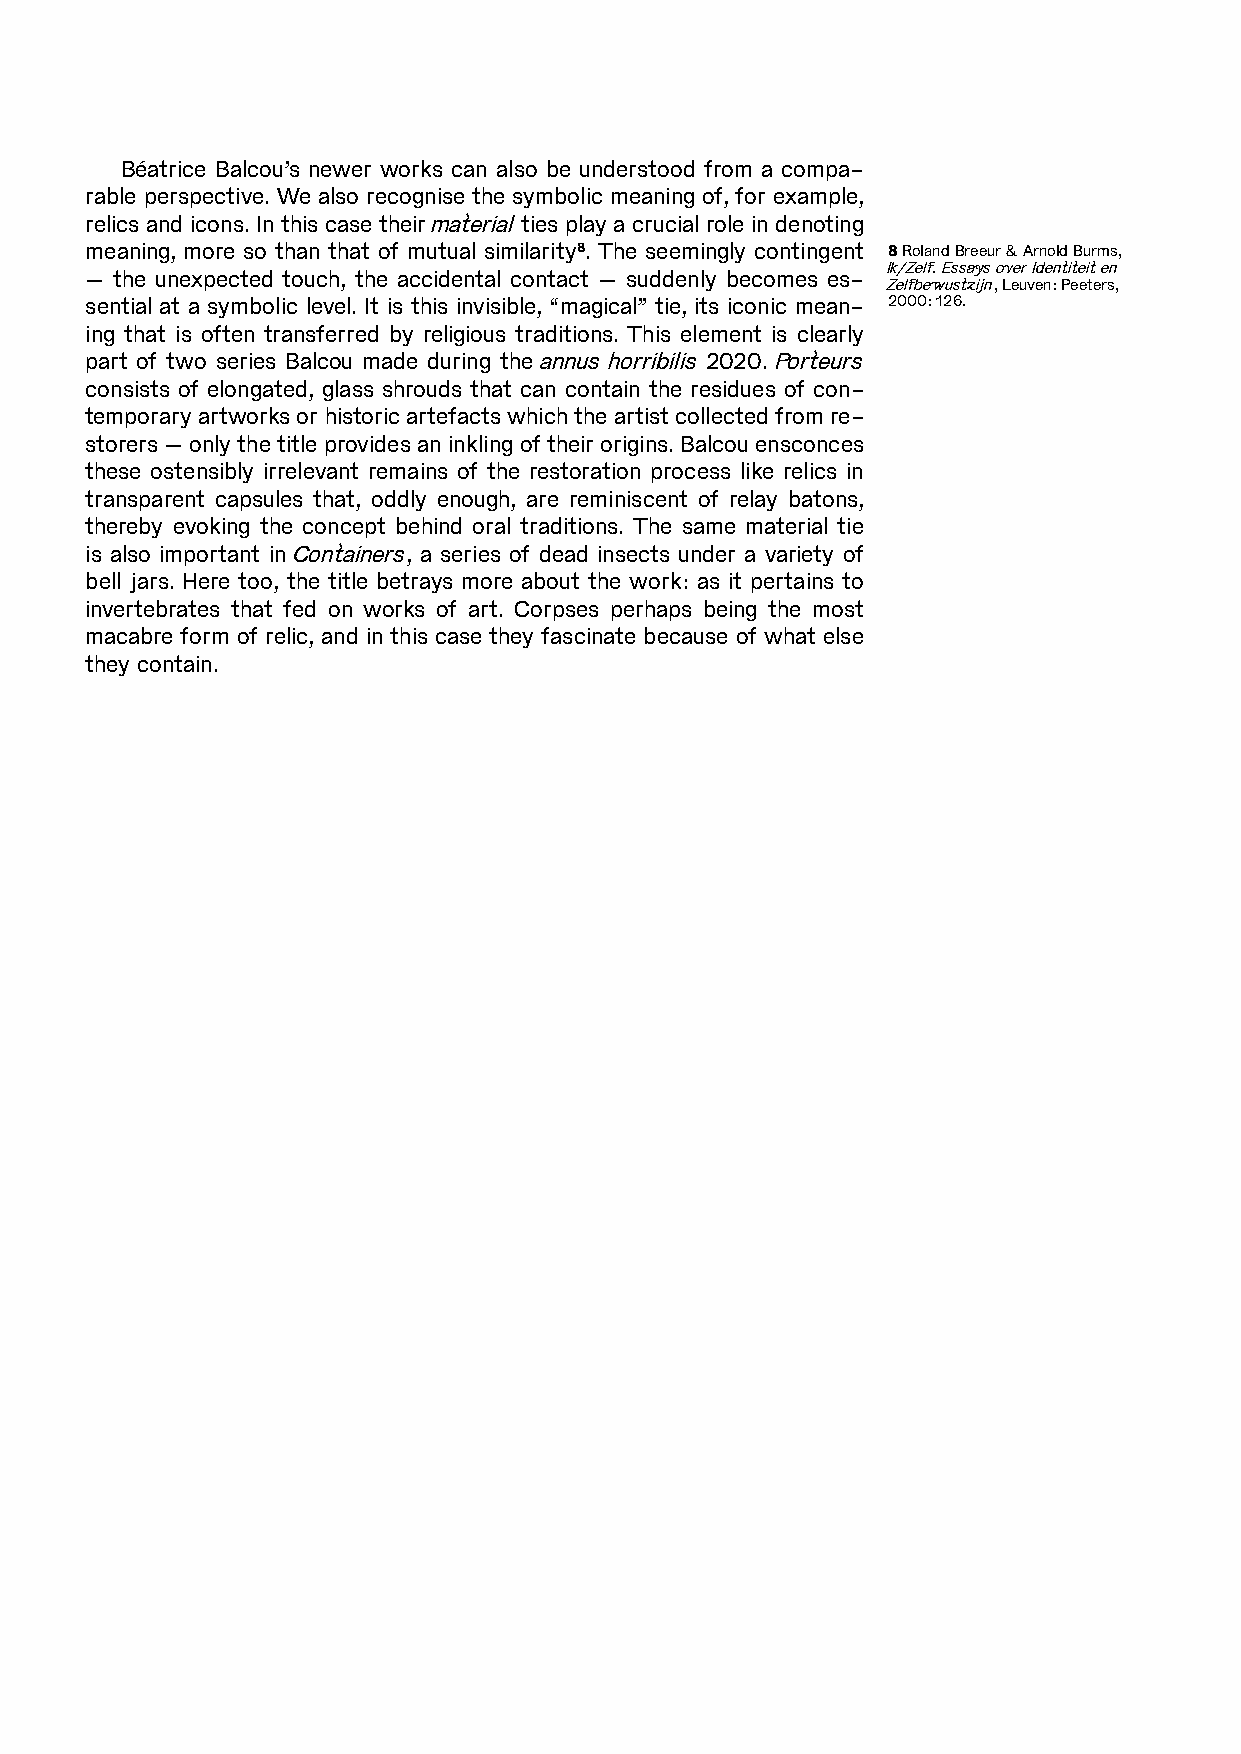
Béatrice Balcou’s newer works can also be understood from a compa-
 rable perspective. We also recognise the symbolic meaning of, for example,
 relics and icons. In this case their material ties play a crucial role in denoting
 meaning, more so than that of mutual similarity8. The seemingly contingent 8 Roland Breeur & Arnold Burms,
 Ik/Zelf. Essays over Identiteit en
 – the unexpected touch, the accidental contact – suddenly becomes es-
 Zelfbewustzijn, Leuven: Peeters,
 sential at a symbolic level. It is this invisible, “magical” tie, its iconic mean- 2000: 126.
 ing that is often transferred by religious traditions. This element is clearly
 part of two series Balcou made during the annus horribilis 2020. Porteurs
 consists of elongated, glass shrouds that can contain the residues of con-
 temporary artworks or historic artefacts which the artist collected from re-
 storers – only the title provides an inkling of their origins. Balcou ensconces
 these ostensibly irrelevant remains of the restoration process like relics in
 transparent capsules that, oddly enough, are reminiscent of relay batons,
 thereby evoking the concept behind oral traditions. The same material tie
 is also important in Containers, a series of dead insects under a variety of
 bell jars. Here too, the title betrays more about the work: as it pertains to
 invertebrates that fed on works of art. Corpses perhaps being the most
 macabre form of relic, and in this case they fascinate because of what else
 they contain.